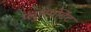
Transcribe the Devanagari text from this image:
प्लुरिपोटेंट